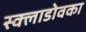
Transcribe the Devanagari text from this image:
स्क्लाडोवका